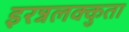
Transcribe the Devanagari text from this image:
इरन्नलक्कुता